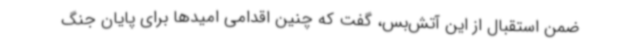
ضمن استقبال از این آتش‌بس، گفت که چنین اقدامی امیدها برای پایان جنگ